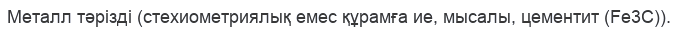
Металл тәрізді (стехиометриялық емес құрамға ие, мысалы, цементит (Fe3C)).